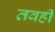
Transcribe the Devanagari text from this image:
तवही